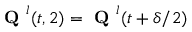
\textbf { Q } ^ { l } ( t , 2 ) = \textbf { Q } ^ { l } ( t + \delta / 2 )